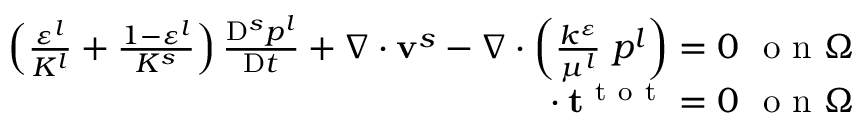
\begin{array} { r } { \left( \frac { \varepsilon ^ { l } } { K ^ { l } } + \frac { 1 - \varepsilon ^ { l } } { K ^ { s } } \right) \frac { \mathrm { D } ^ { s } p ^ { l } } { \mathrm { D } t } + \nabla \cdot \mathbf { v } ^ { s } - \nabla \cdot \left( \frac { k ^ { \varepsilon } } { \mu ^ { l } } \mathbf { \nabla } p ^ { l } \right) = 0 ~ \mathrm { ~ o ~ n ~ } \Omega } \\ { \mathbf { \nabla } \cdot \mathbf { t } ^ { \mathrm { ~ t ~ o ~ t ~ } } = 0 ~ \mathrm { ~ o ~ n ~ } \Omega } \end{array}